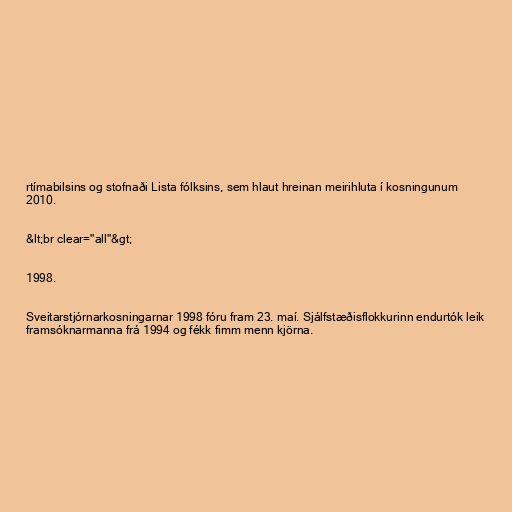
rtímabilsins og stofnaði Lista fólksins, sem hlaut hreinan meirihluta í kosningunum
2010.

&lt;br clear="all"&gt;

1998.

Sveitarstjórnarkosningarnar 1998 fóru fram 23. maí. Sjálfstæðisflokkurinn endurtók leik
framsóknarmanna frá 1994 og fékk fimm menn kjörna.